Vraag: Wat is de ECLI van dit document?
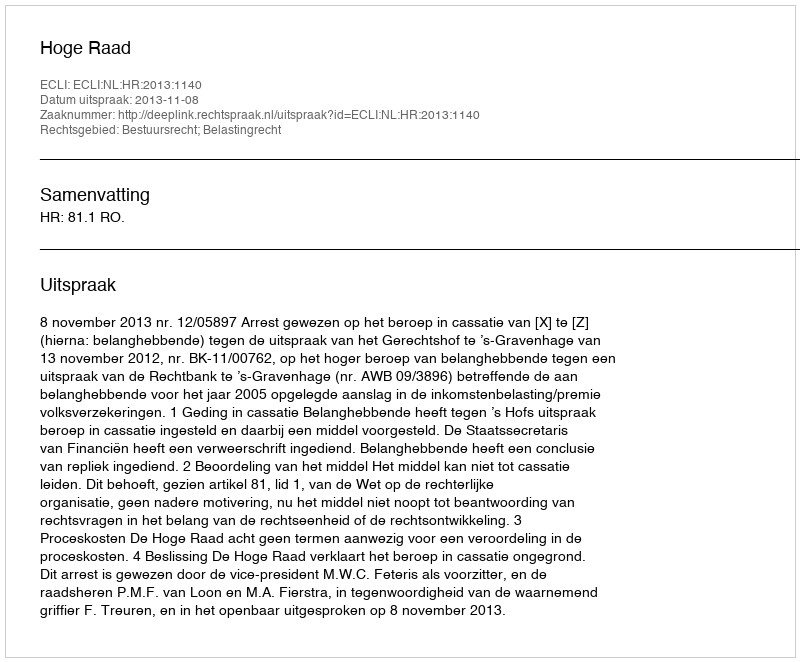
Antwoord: ECLI:NL:HR:2013:1140